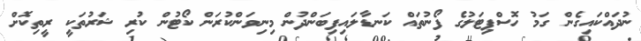
ނުދައްކައިގެން ގަމު ހޮސްޕިޓަލުގެ ފޯނުތައް ކަނޑާލައިފިބަންދުން މިނިވަންކުރަން ކޯޓުން ކުރި ޝަރުތަކީ ރީތިކޮށް